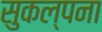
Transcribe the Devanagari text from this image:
सुकल्पना